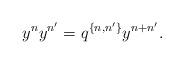
LaTeX: \begin{align*} y^n y^{n'}=q^{\{n,n'\}} y^{n+n'}.\end{align*}